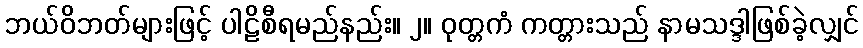
ဘယ်ဝိဘတ်များဖြင့် ပါဠိစီရမည်နည်း။ ၂။ ဝုတ္တကံ ကတ္တားသည် နာမသဒ္ဒါဖြစ်ခဲ့လျှင်